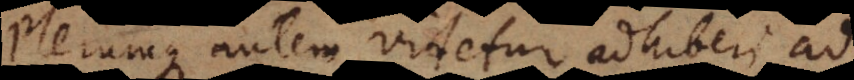
umque autem videtur adhiberi ad